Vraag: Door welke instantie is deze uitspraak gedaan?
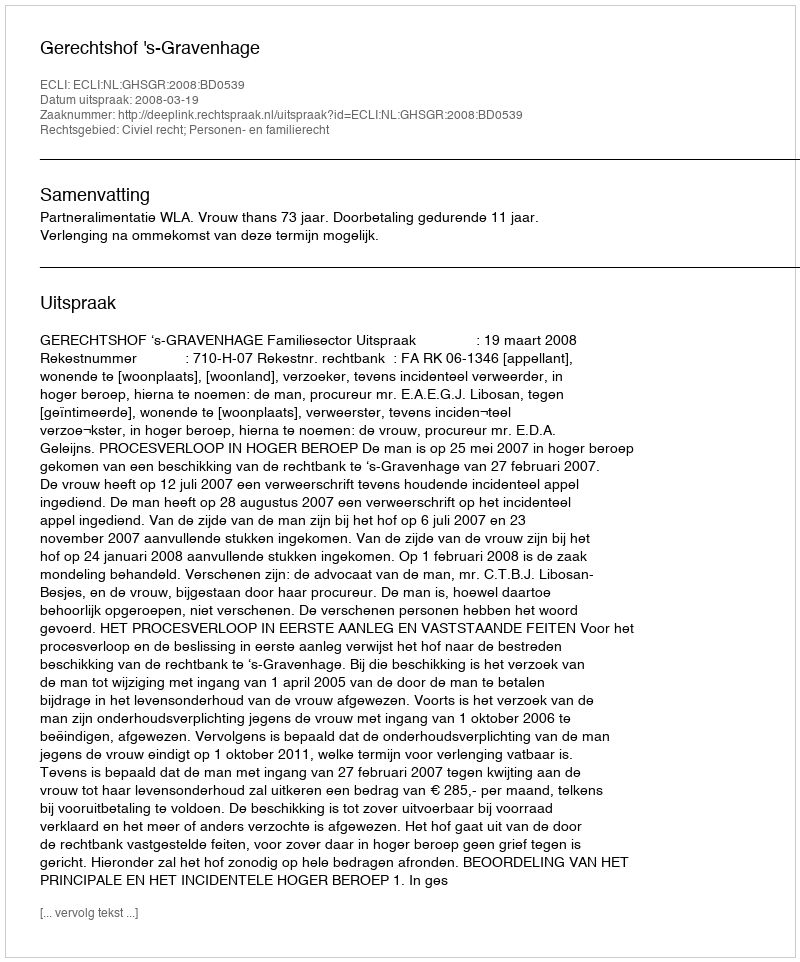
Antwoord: Gerechtshof 's-Gravenhage